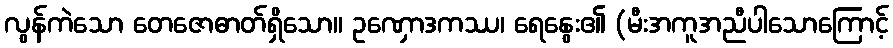
လွန်ကဲသော တေဇောဓာတ်ရှိသော။ ဥဏှောဒကဿ၊ ရေနွေး၏ (မီးအကူအညီပါသောကြောင့်